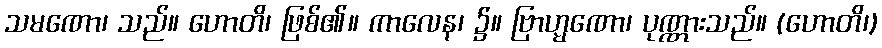
သမဏော၊ သည်။ ဟောတိ၊ ဖြစ်၏။ ကာလေန၊ ၌။ ဗြာဟ္မဏော၊ ပုဏ္ဏားသည်။ (ဟောတိ၊)